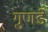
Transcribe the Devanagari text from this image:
गुणडे